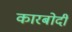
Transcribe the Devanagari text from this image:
कारबोदी